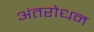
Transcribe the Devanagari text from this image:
अंतरोधन